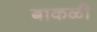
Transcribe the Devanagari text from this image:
बाकळी